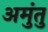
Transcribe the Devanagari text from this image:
अमुंतु